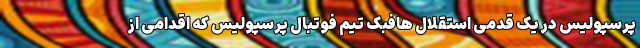
پرسپولیس در یک قدمی استقلال هافبک تیم فوتبال پرسپولیس که اقدامی از